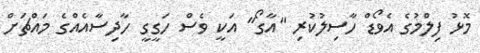
މޮޅު ފިލްމުގެ އެވޯޑް ހާސިލުކުރި "އާގޯ" އަކީ ވެސް ހަގީގީ ހާދިސާއެއްގެ މައްޗަށް